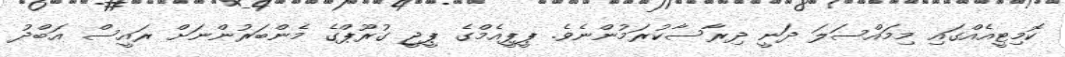
ކޮމިޓީއެއްގައި މިމައްސަލަ ދަނީ ދިރާސާކުރަމުންނެވެ. ޕީޕީއެމްގެ ޕީޖީ ގުރޫޕްގެ މެންބަރުންނަށް ރައީސް އަބްދު